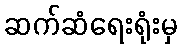
ဆက်ဆံရေးရုံးမှ